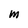
Character: M